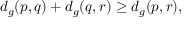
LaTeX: d _ { g } ( p , q ) + d _ { g } ( q , r ) \geq d _ { g } ( p , r ) ,